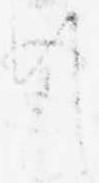
て